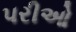
પરીઓ